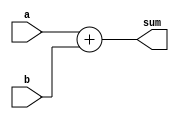
module adder12(a,b,sum);

input [11:0] a,b;
output [11:0] sum;
wire [11:0] sum;

assign sum = a + b;

endmodule